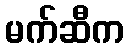
မက်ဆီက